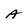
Character: A